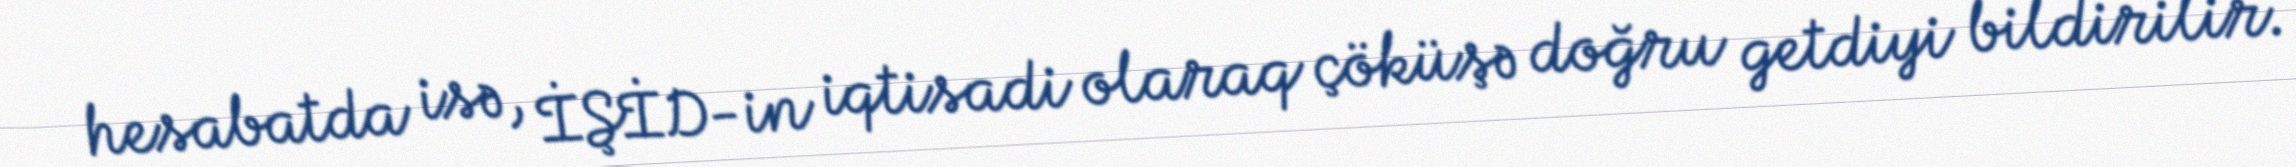
hesabatda isə, İŞİD-in iqtisadi olaraq çöküşə doğru getdiyi bildirilir.